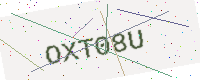
Text: OXT08U